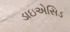
ડાઇએસિડ